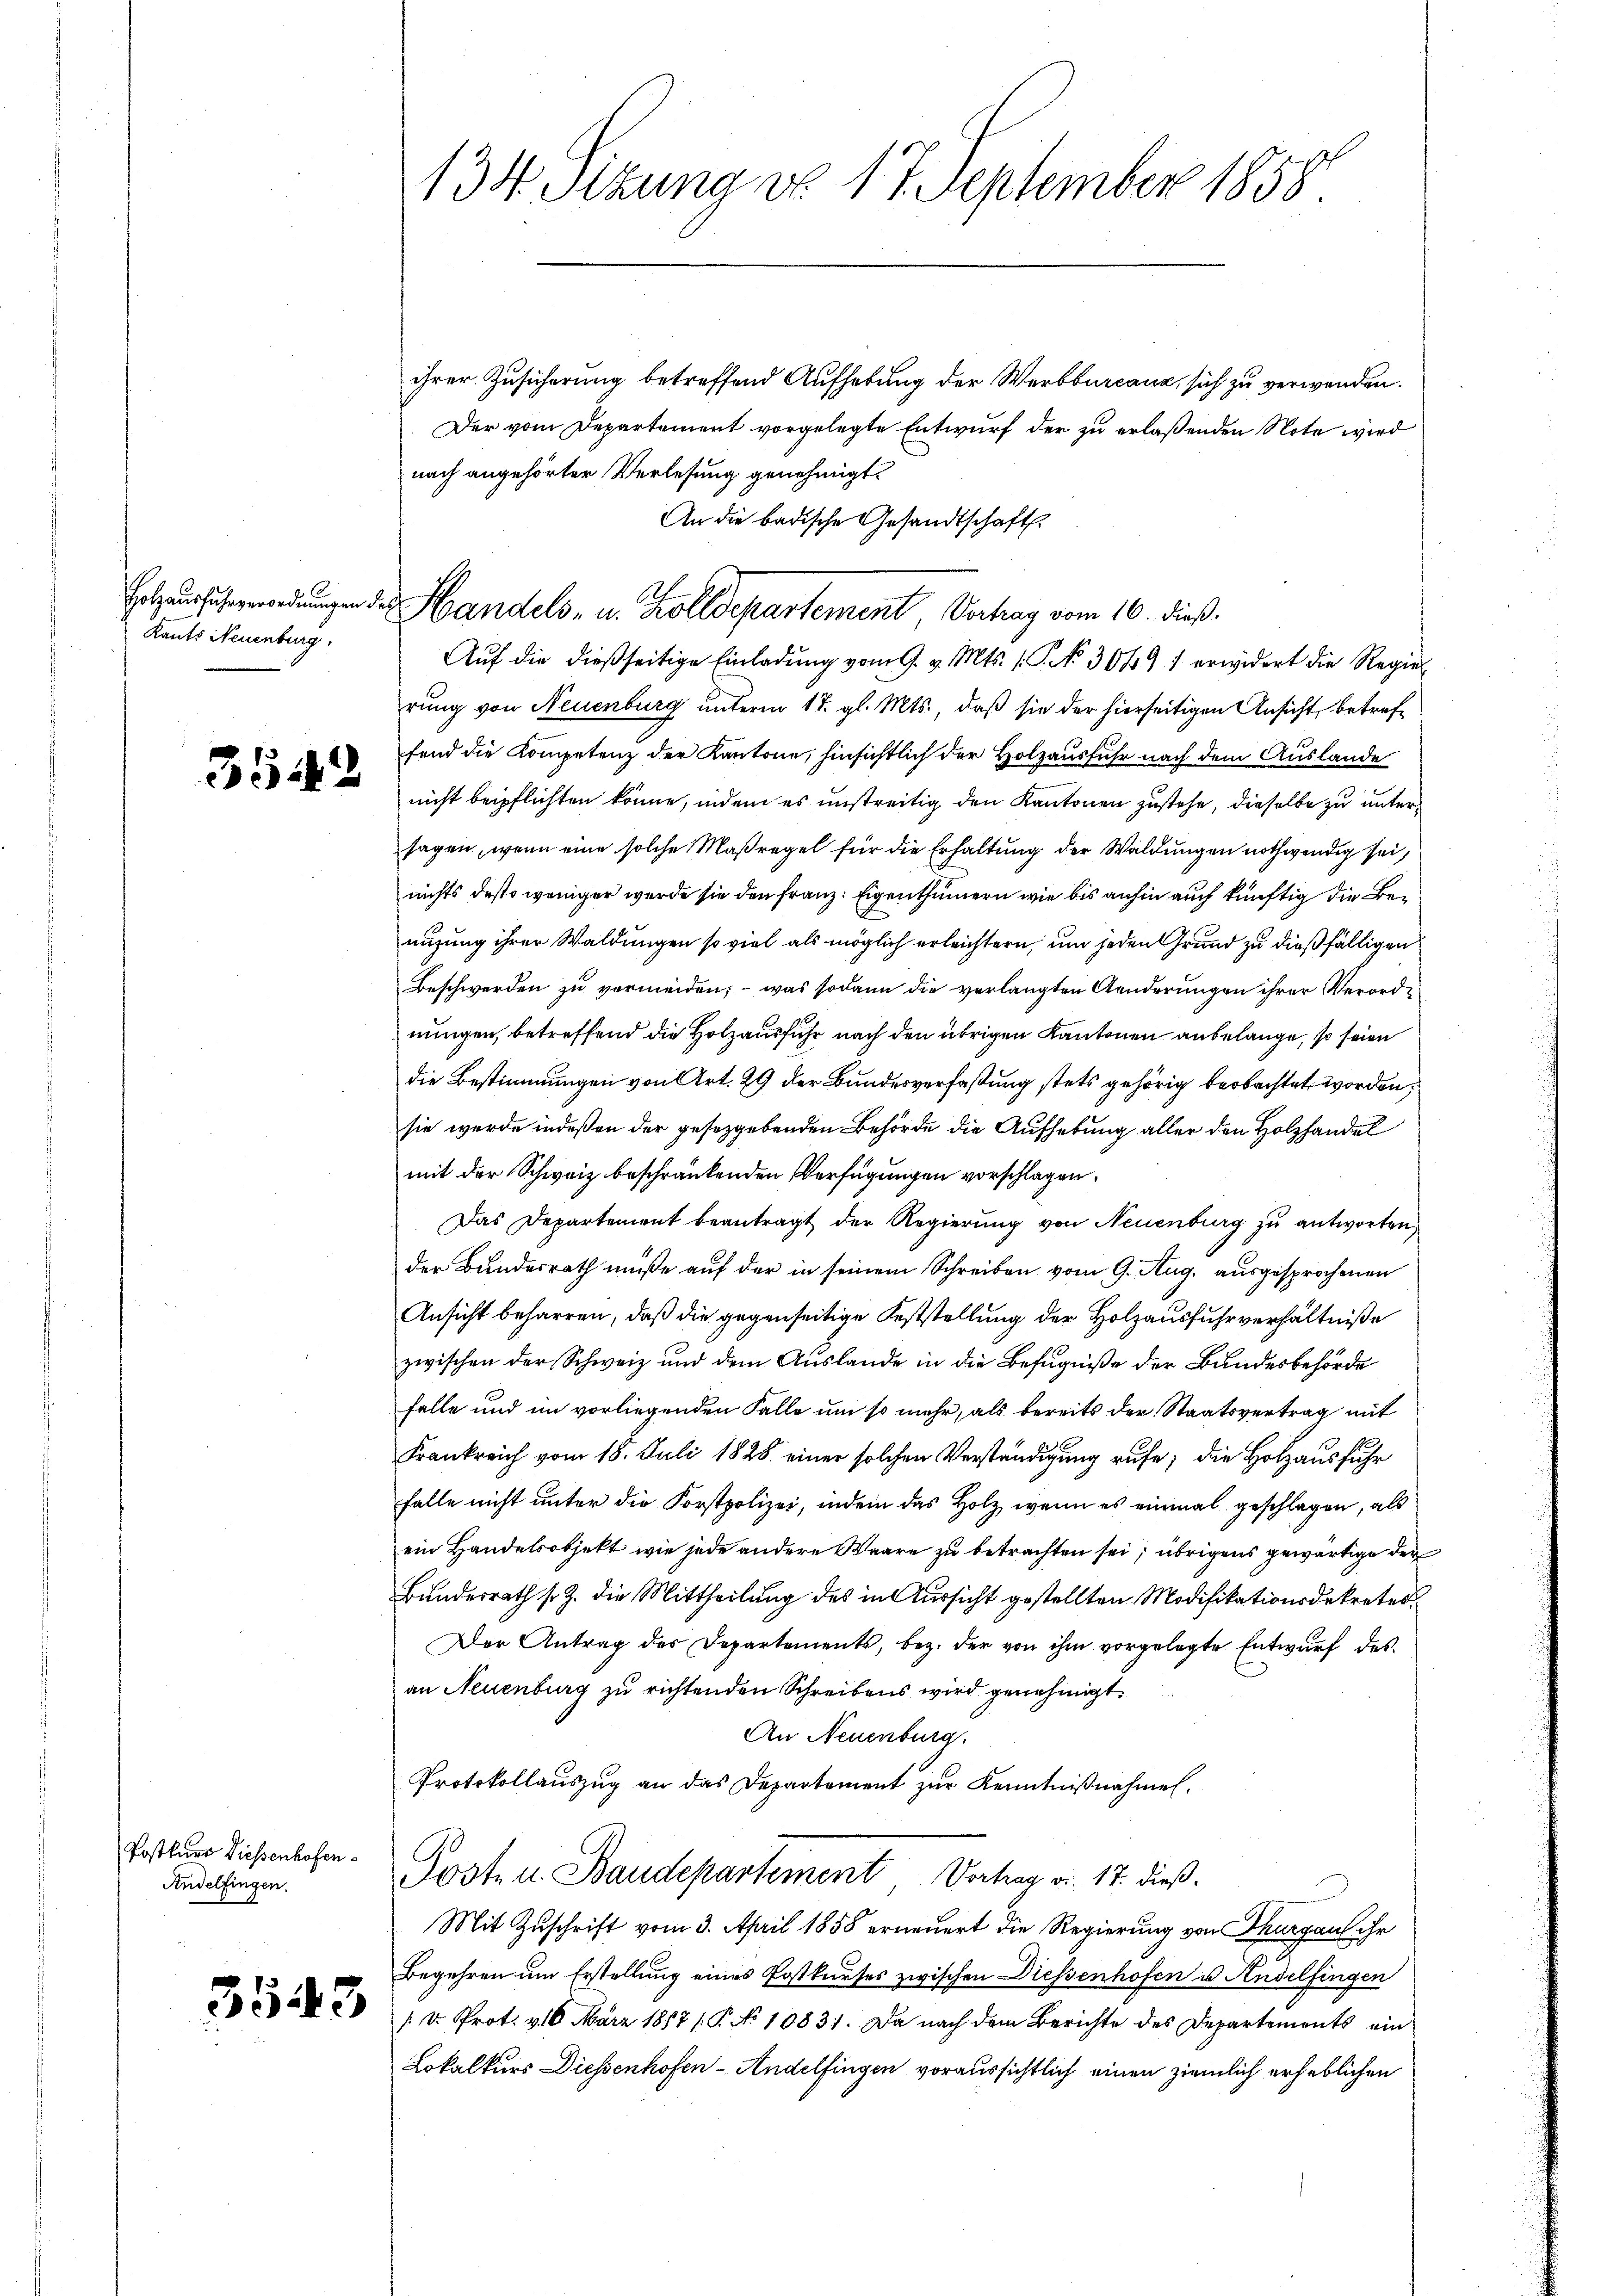
Holzausfuhrverordnungen
Kants Neuenburg,

3542

Postkurs Diessenhofen.
Andelfingen.

3543

134 Sizung do 17 September 1858

ihrer Zusicherung betreffend Aufhebung der Werbburcanz sich zu verwenden.
Der vom Departement vorgelegte Entwurf der zu erlaßenden Note wird
nach angehörter Verlesung genehmigt.
An die badische Gesandtschaft.
Auf die dießseitige Einladung vom 9. v. Mts. (T. No 3049 f erwidert die Regier
rung von Neuenburg unterm 17. gl. Mts., daß sie der hierseitigen Ansicht, betreffend die Kompetenz der Kantone, hinsichtlich der Holzausfuhr nach dem Auslande
nicht beipflichten könne, indem es unstreitig den Kantonen zustehe, dieselbe zu untersagen, wenn eine solche Maßregel für die Erhaltung der Waldungen nothwendig sei,
nichts desto weniger wurde sie den Franz: Eigenthümern wie bis anhin auch künftig die Benuzung ihrer Waldungen so viel als möglich erleichtern, um jeden Grund zu dießfälligen
Beschwerden zu vermeiden, – was sodann die verlangten Aenderungen ihrer Verordnungen, betreffend die Holzausführ nach den übrigen Kantonen anbelange, so seien
die Bestimmungen von Art. 29 der Bundesverfaßung stets gehörig beobachtet worden,
sie wurde indeßen der gesetzgebenden Behörde die Aufhebung aller den Holzhandel
mit der Schweiz beschränkenden Verfügungen vorschlagen.
Das Departement beantragt der Regierung von Neuenburg zu antworten
der Bundesrath müße auf der in seinem Schreiben vom 9. Aug. ausgesprochenen
Ansicht beharren, daß die gegenseitige Feststellung der Holzausfuhrverhältniße
zwischen der Schweiz und dem Auslande in die Befugniße der Bundesbehörde
felle und im vorliegenden Falle um so mehr, als bereits der Staatsvertrag mit
Frankreich vom 18. Juli 1828. einer solchen Verständigung rufe; die Holzausfuhr
falle nicht unter die Forstpolizei, indem das Holz, wenn es einmal geschlagen, als
ein Handelsobjekt wie jede andere Waare zu betrachten sei; übrigens gewärtige der
Bundesrath s. Z. die Mittheilung des in Aussicht gestellten Modifikationsdekretes
Der Antrag der Departements, bez. der von ihm vorgelegte Entwurf des
an Neuenburg zu richtenden Schreibens wird genehmigt.
An Neuenburg.
Protokollauszug an das Departement zur Kenntnißnahmen.
Poste u. Baudepartement Vortrag v. 17. dieß.
Mit Zuschrift vom 3. April 1858 erneuert die Regierung von Thurgau ihr
Begehren um Erstellung eines Postkurses zwischen Diessenhofen u. Andelfingen
: v. Prot. v. 6. März 1867 (P No 10831. Da nach dem Berichte des Departements ein
Lokalkurs Diessenhofen-Andelfingen voraussichtlich einen ziemlich erheblichen

des Handels- u. Zolldepartement Vertrag vom 16. dieß.